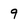
Character: 9